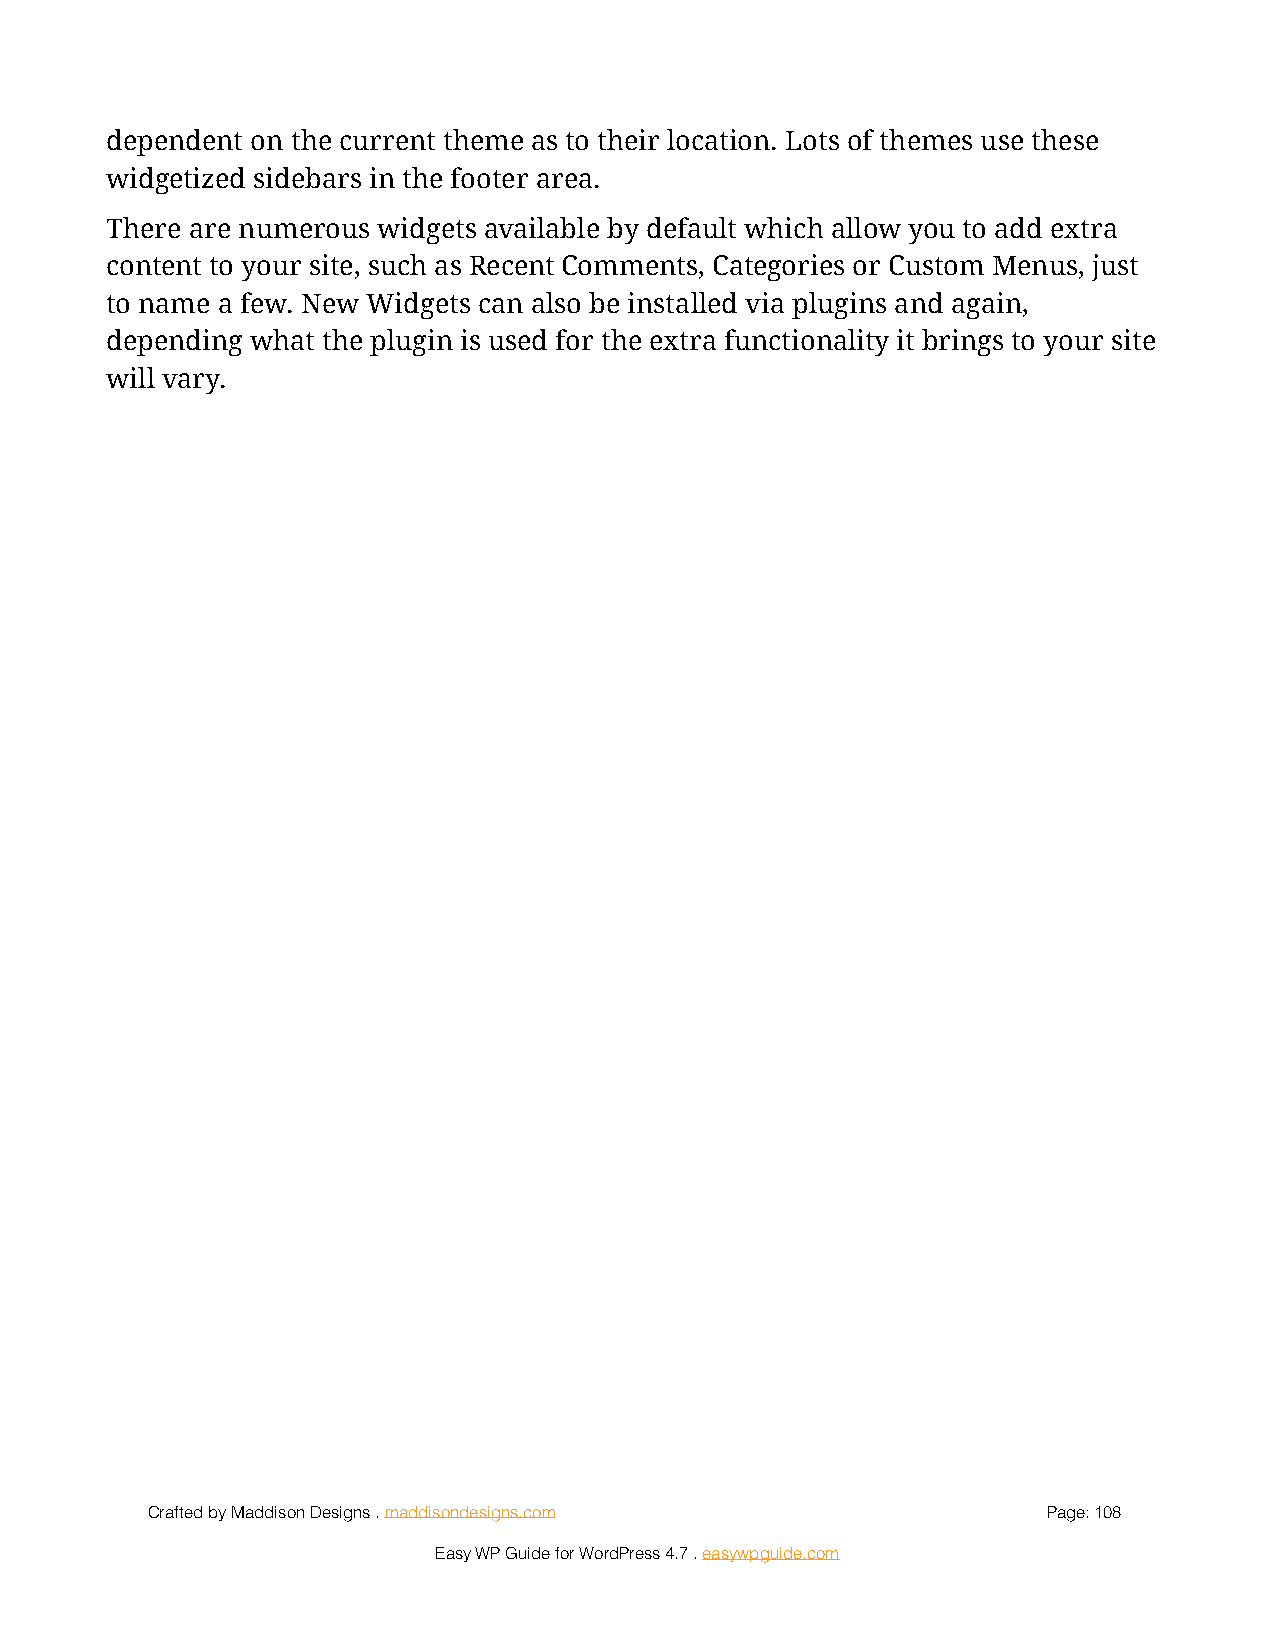
dependent on the current theme as to their location. Lots of themes use these
 widgetized sidebars in the footer area.
 There are numerous widgets available by default which allow you to add extra
 content to your site, such as Recent Comments, Categories or Custom Menus, just
 to name a few. New Widgets can also be installed via plugins and again,
 depending what the plugin is used for the extra functionality it brings to your site
 will vary.
 Crafted by Maddison Designs . maddisondesigns.com          Page: 1 08
 Easy WP Guide for WordPress 4.7 . easywpguide.com